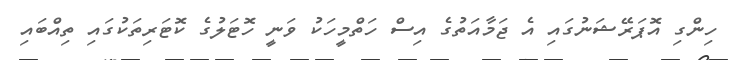
ހިންގި އޮޕަރޭޝަނުގައި އެ ޖަމާއަތުގެ އިސް ހަތްމީހަކު ވަނީ ހޮޓަލުގެ ކޮޓަރިތަކުގައި ތިއްބައި